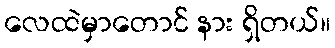
လေထဲမှာတောင် နား ရှိတယ်။